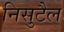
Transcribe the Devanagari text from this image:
निसुटैल